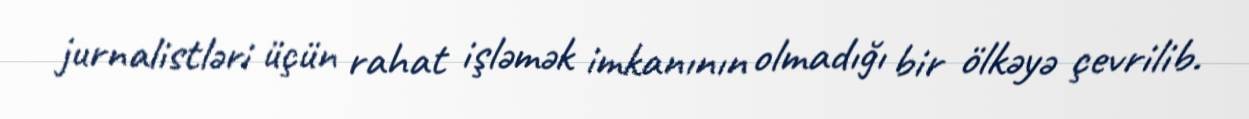
jurnalistləri üçün rahat işləmək imkanının olmadığı bir ölkəyə çevrilib.